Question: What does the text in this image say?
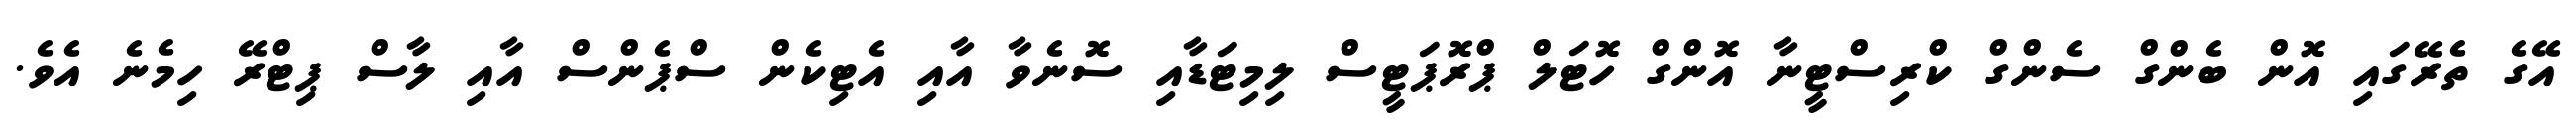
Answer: އޭގެ ތެރޭގައި އޮން ބެންގް ސެންގް ކްރިސްޓީނާ އޮންގް ހޮޓަލް ޕްރޮޕަޓީސް ލިމިޓަޑާއި ސޮނެވާ އާއި އެޓިކެން ސްޕެންސް އާއި ލާސް ޕިޓްރޭ ހިމެނެ އެވެ.